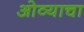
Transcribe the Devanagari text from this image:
ओव्याचा